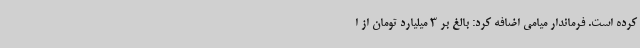
کرده است.‌ فرماندار میامی اضافه کرد: بالغ بر 3 میلیارد تومان از ا